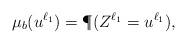
LaTeX: \begin{align*} \mu_b(u^{\ell_1})= \P(Z^{\ell_1}=u^{\ell_1}), \end{align*}